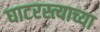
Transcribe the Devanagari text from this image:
घाटरस्त्याच्या